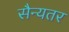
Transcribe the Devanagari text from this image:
सैन्यतर